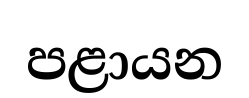
පළායන